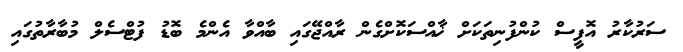
ސަރުކާރު އޮފީސް ކުންފުނިތަކަށް ޚާއްސަކޮށްގެން ރާއްޖޭގައި ބާއްވާ އެންމެ ބޮޑު ފުޓްސެލް މުބާރާތުގައި